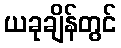
ယခုချိန်တွင်